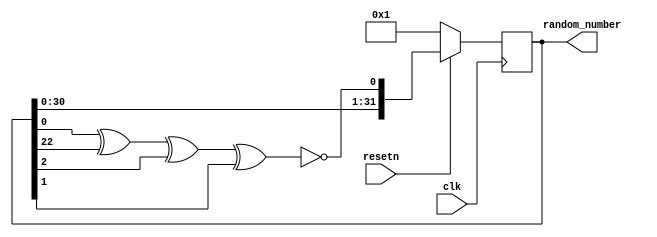
module random_number_generator (
    input wire clk,  // 
    input wire resetn,  // 
    output wire [31:0] random_number
);

  reg [31:0] lfsr_state;  // LFSR 

  always @(posedge clk) begin
    if (~resetn) begin
      lfsr_state <= 32'h1;  // 
    end else begin
      // LFSR  x^32 + x^22 + x^2 + x + 1
      lfsr_state <= {
        lfsr_state[30:0], lfsr_state[0] ^ lfsr_state[22] ^ lfsr_state[2] ^ lfsr_state[1] ^ 1'b1
      };
    end
  end
  assign random_number = lfsr_state;

endmodule